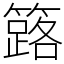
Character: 簬